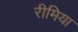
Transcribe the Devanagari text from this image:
रीमिया